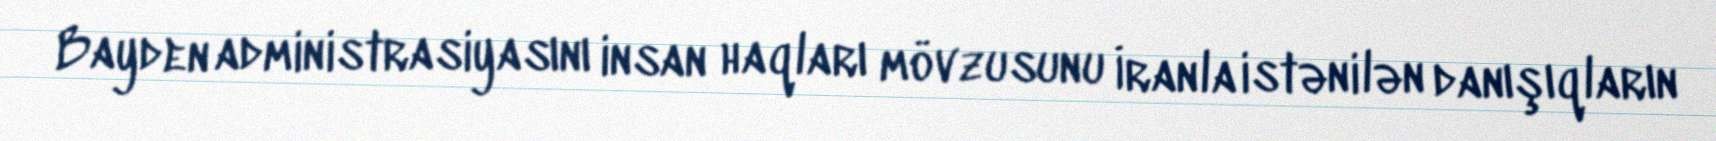
Bayden administrasiyasını insan haqları mövzusunu İranla istənilən danışıqların